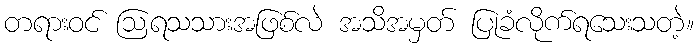
တရားဝင် ဩရသသားအဖြစ်လဲ အသိအမှတ် ပြုခံလိုက်ရသေးသတဲ့။